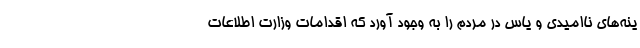
ینه‌های ناامیدی و یاس در مردم را به وجود آورد که اقدامات وزارت اطلاعات